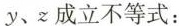
y、z成立不等式：